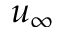
u _ { \infty }